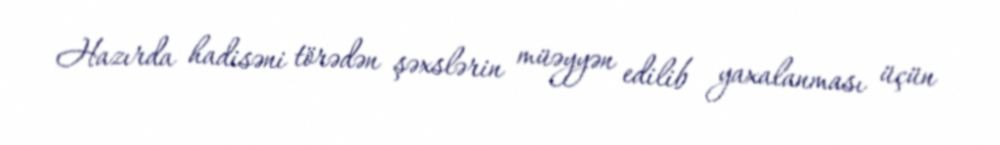
Hazırda hadisəni törədən şəxslərin müəyyən edilib yaxalanması üçün